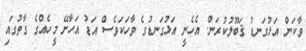
ވާކަން އަޅުގަނޑު ޤަބޫލުކުރަން. އެހެނީ އަޅުގަނޑުގެ ވާހަކަވެސް އަޑު އަހާށޭ މީހެއްގެ ގާތުގައި